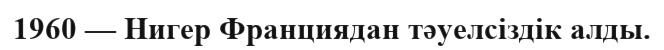
1960 — Нигер Франциядан тәуелсіздік алды.